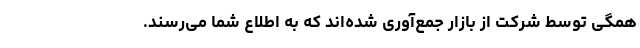
همگی توسط شرکت از بازار جمع‌آوری شده‌اند که به اطلاع شما می‌رسند.